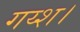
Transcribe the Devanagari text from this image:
गय्श।